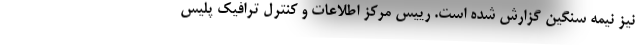
نیز نیمه سنگین گزارش شده است. رییس مرکز اطلاعات و کنترل ترافیک پلیس